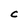
Character: C